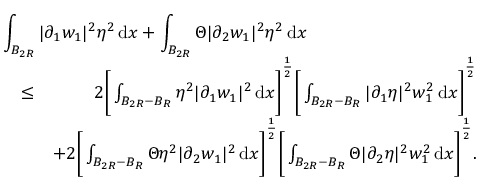
\begin{array} { r l r } { \lefteqn { \int _ { B _ { 2 R } } | \partial _ { 1 } w _ { 1 } | ^ { 2 } \eta ^ { 2 } \, \mathrm { d } x + \int _ { B _ { 2 R } } \Theta | \partial _ { 2 } w _ { 1 } | ^ { 2 } \eta ^ { 2 } \, \mathrm { d } x } } \\ & { \leq } & { 2 \Bigg [ \int _ { B _ { 2 R } - B _ { R } } \eta ^ { 2 } | \partial _ { 1 } w _ { 1 } | ^ { 2 } \, \mathrm { d } x \Bigg ] ^ { \frac { 1 } { 2 } } \Bigg [ \int _ { B _ { 2 R } - B _ { R } } | \partial _ { 1 } \eta | ^ { 2 } w _ { 1 } ^ { 2 } \, \mathrm { d } x \Bigg ] ^ { \frac { 1 } { 2 } } } \\ & { } & { + 2 \Bigg [ \int _ { B _ { 2 R } - B _ { R } } \Theta \eta ^ { 2 } | \partial _ { 2 } w _ { 1 } | ^ { 2 } \, \mathrm { d } x \Bigg ] ^ { \frac { 1 } { 2 } } \Bigg [ \int _ { B _ { 2 R } - B _ { R } } \Theta | \partial _ { 2 } \eta | ^ { 2 } w _ { 1 } ^ { 2 } \, \mathrm { d } x \Bigg ] ^ { \frac { 1 } { 2 } } . } \end{array}